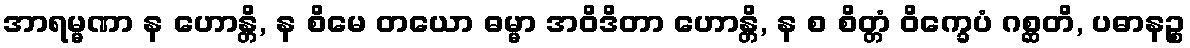
အာရမ္မဏာ န ဟောန္တိ, န စိမေ တယော ဓမ္မာ အဝိဒိတာ ဟောန္တိ, န စ စိတ္တံ ဝိက္ခေပံ ဂစ္ဆတိ, ပဓာနဉ္စ